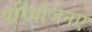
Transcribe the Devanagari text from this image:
परियोजनए